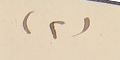
(٢)